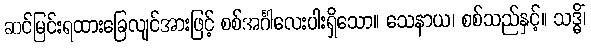
ဆင်မြင်းရထားခြေလျင်အားဖြင့် စစ်အင်္ဂါလေးပါးရှိသော။ သေနာယ၊ စစ်သည်နှင့်။ သဒ္ဓိံ၊